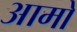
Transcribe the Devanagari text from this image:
आमो